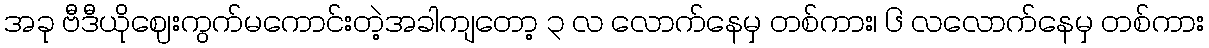
အခု ဗီဒီယိုဈေးကွက်မကောင်းတဲ့အခါကျတော့ ၃ လ လောက်နေမှ တစ်ကား၊ ၆ လလောက်နေမှ တစ်ကား